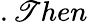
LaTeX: .\mathscr{T}hen